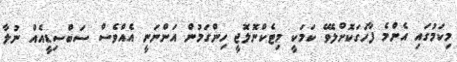
މިކަމުގައި އެންމެ ފާހަގަކޮށްލެވޭ ކަމަކީ މިޓެކްނޮލޮޖީ ހިންގަމުން އަންނަނީ އެއްވެސް ސަބްސިޑީއެއް ނުލާ